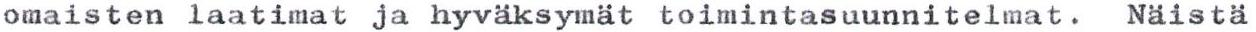
omaisten laatimat ja hyväksymät toimintasuunnitelmat. Näistä